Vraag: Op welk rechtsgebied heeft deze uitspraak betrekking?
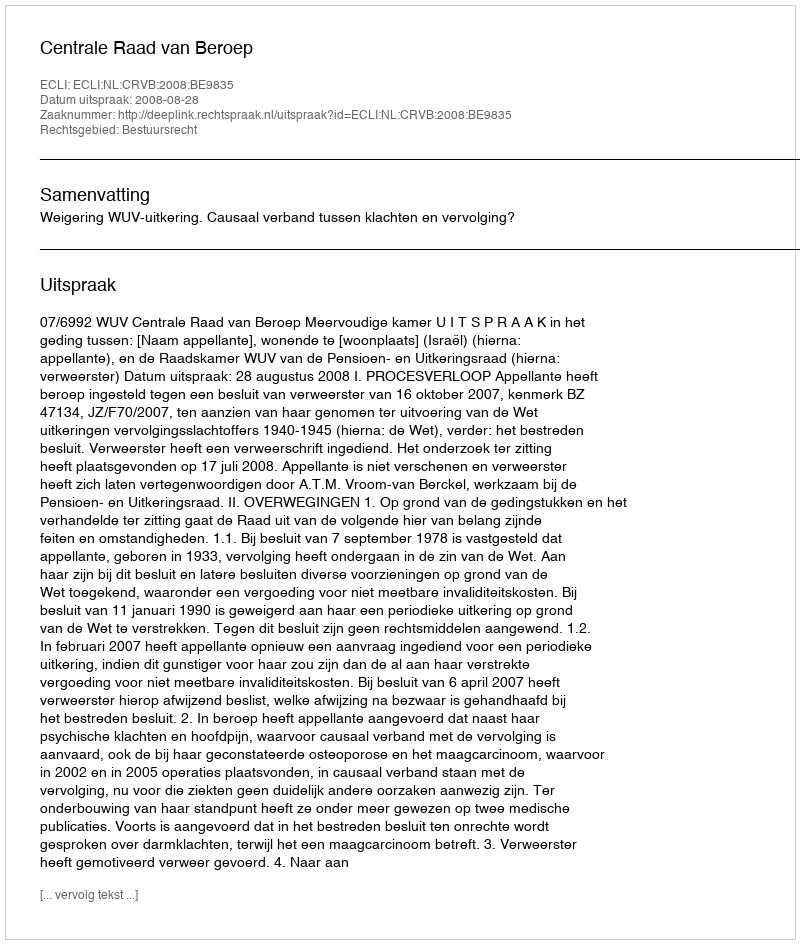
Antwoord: Bestuursrecht